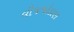
વીજજોડાણ